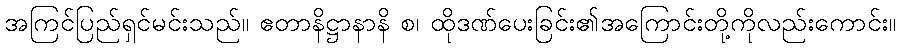
အကြင်ပြည်ရှင်မင်းသည်။ ဧတာနိဋ္ဌာနာနိ စ၊ ထိုဒဏ်ပေးခြင်း၏အကြောင်းတို့ကိုလည်းကောင်း။